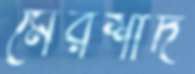
মেরশাদ